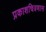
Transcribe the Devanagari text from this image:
प्रकाशचित्रणास